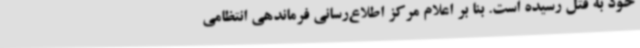
خود به قتل رسیده است. بنا بر اعلام مرکز اطلاع‌رسانی فرماندهی انتظامی